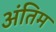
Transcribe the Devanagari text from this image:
अंंतिम